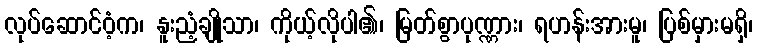
လုပ်ဆောင်ဝံ့က၊ နူးညံ့ချိုသာ၊ ကိုယ့်လိုပါ၏၊ မြတ်စွာပုဏ္ဏား၊ ရဟန်းအားမူ၊ ပြစ်မှားမရှိ၊